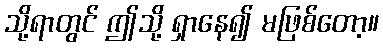
သို့ရာတွင် ဤသို့ ရှာနေ၍ မဖြစ်တော့။